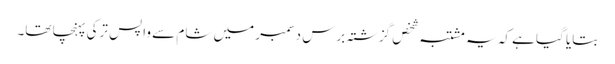
بتایا گیا ہے کہ یہ مشتبہ شخص گزشتہ برس دسمبر میں شام سے واپس ترکی پہنچا تھا۔